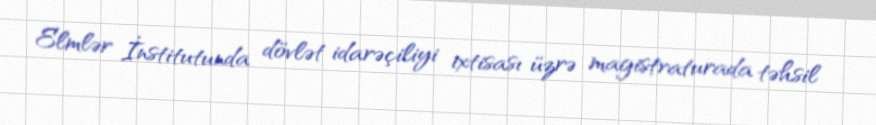
Elmlər İnstitutunda dövlət idarəçiliyi ixtisası üzrə magistraturada təhsil